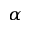
_ { \alpha }